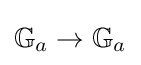
\mathbb {G} _{a}\to \mathbb {G} _{a}